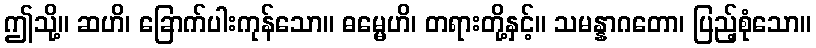
ဤသို့။ ဆဟိ၊ ခြောက်ပါးကုန်သော။ ဓမ္မေဟိ၊ တရားတို့နှင့်။ သမန္နာဂတော၊ ပြည့်စုံသော။